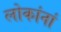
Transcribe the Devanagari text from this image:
लोकांनां